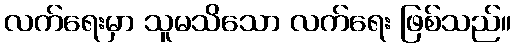
လက်ရေးမှာ သူမသိသော လက်ရေး ဖြစ်သည်။